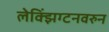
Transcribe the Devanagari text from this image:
लेक्झिंग्टनवरुन